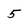
Character: 5